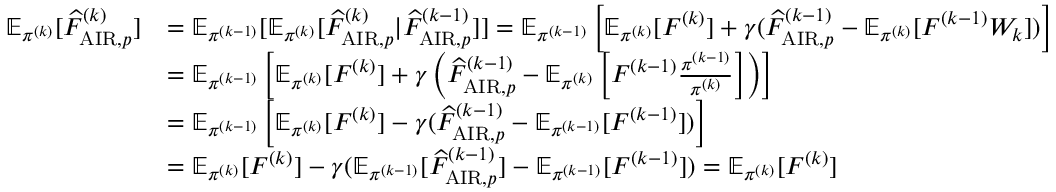
\begin{array} { r l } { \mathbb { E } _ { \pi ^ { ( k ) } } [ \widehat { F } _ { \mathrm { A I R } , p } ^ { ( k ) } ] } & { = \mathbb { E } _ { \pi ^ { ( k - 1 ) } } [ \mathbb { E } _ { \pi ^ { ( k ) } } [ \widehat { F } _ { \mathrm { A I R } , p } ^ { ( k ) } | \widehat { F } _ { \mathrm { A I R } , p } ^ { ( k - 1 ) } ] ] = \mathbb { E } _ { \pi ^ { ( k - 1 ) } } \left[ \mathbb { E } _ { \pi ^ { ( k ) } } [ F ^ { ( k ) } ] + \gamma ( \widehat { F } _ { \mathrm { A I R } , p } ^ { ( k - 1 ) } - \mathbb { E } _ { \pi ^ { ( k ) } } [ F ^ { ( k - 1 ) } W _ { k } ] ) \right] } \\ & { = \mathbb { E } _ { \pi ^ { ( k - 1 ) } } \left[ \mathbb { E } _ { \pi ^ { ( k ) } } [ F ^ { ( k ) } ] + \gamma \left( \widehat { F } _ { \mathrm { A I R } , p } ^ { ( k - 1 ) } - \mathbb { E } _ { \pi ^ { ( k ) } } \left[ F ^ { ( k - 1 ) } \frac { \pi ^ { ( k - 1 ) } } { \pi ^ { ( k ) } } \right] \right) \right] } \\ & { = \mathbb { E } _ { \pi ^ { ( k - 1 ) } } \left[ \mathbb { E } _ { \pi ^ { ( k ) } } [ F ^ { ( k ) } ] - \gamma ( \widehat { F } _ { \mathrm { A I R } , p } ^ { ( k - 1 ) } - \mathbb { E } _ { \pi ^ { ( k - 1 ) } } [ F ^ { ( k - 1 ) } ] ) \right] } \\ & { = \mathbb { E } _ { \pi ^ { ( k ) } } [ F ^ { ( k ) } ] - \gamma ( \mathbb { E } _ { \pi ^ { ( k - 1 ) } } [ \widehat { F } _ { \mathrm { A I R } , p } ^ { ( k - 1 ) } ] - \mathbb { E } _ { \pi ^ { ( k - 1 ) } } [ F ^ { ( k - 1 ) } ] ) = \mathbb { E } _ { \pi ^ { ( k ) } } [ F ^ { ( k ) } ] } \end{array}